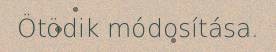
Ötödik módosítása.